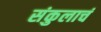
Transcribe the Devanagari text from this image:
संकुलाचं